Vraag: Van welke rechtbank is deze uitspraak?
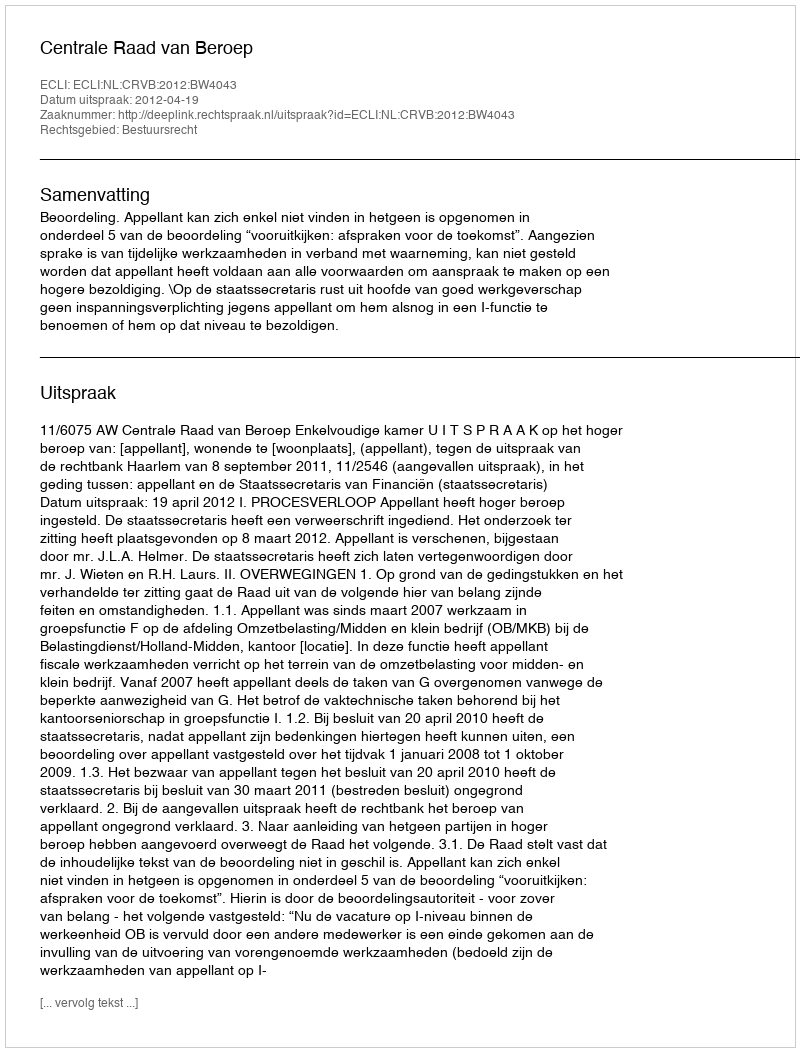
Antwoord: Centrale Raad van Beroep